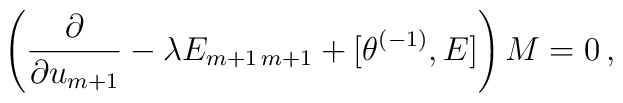
\left(\frac{\partial}{\partial u_{m+1}} - \lambda E_{m+1\, m+1} +\lbrack \theta^{(-1)}, E \rbrack \right) M =0 \, ,